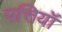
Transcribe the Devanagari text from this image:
पत्तियॉ